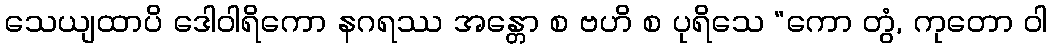
သေယျထာပိ ဒေါဝါရိကော နဂရဿ အန္တော စ ဗဟိ စ ပုရိသေ “ကော တွံ, ကုတော ဝါ